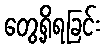
တွေ့ရှိရခြင်း